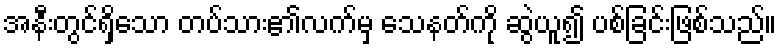
အနီးတွင်ရှိသော တပ်သား၏လက်မှ သေနတ်ကို ဆွဲယူ၍ ပစ်ခြင်းဖြစ်သည်။